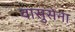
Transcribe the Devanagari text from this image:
वासुसेना